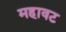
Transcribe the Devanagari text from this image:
महावट